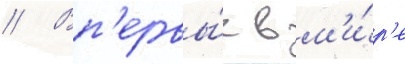
// Вп'ервы́е в м'и́р'е